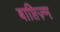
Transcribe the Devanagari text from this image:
बाप्तिज़्म